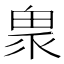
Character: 𤲄